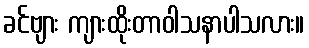
ခင်ဗျား ကျားထိုးတာဝါသနာပါသလား။